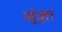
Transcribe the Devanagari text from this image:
स्ंज्ञा